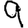
Digit: 9